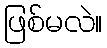
ဖြစ်မလဲ။